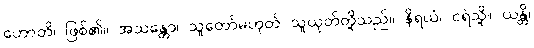
ဟောတိ၊ ဖြစ်၏။ အသန္တော၊ သူတော်မဟုတ် သူယုတ်တို့သည်။ နိရယံ၊ ငရဲသို့။ ယန္တိ၊